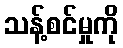
သန့်စင်မှုကို